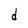
Character: d